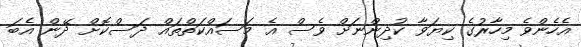
އެހެންވެ މިހާރުގެ ކިޔަވާ ކުދިންނަށް ވެސް އެ މަސައްކަތްތައް ދަސްކޮށް ދޭން އެބަ